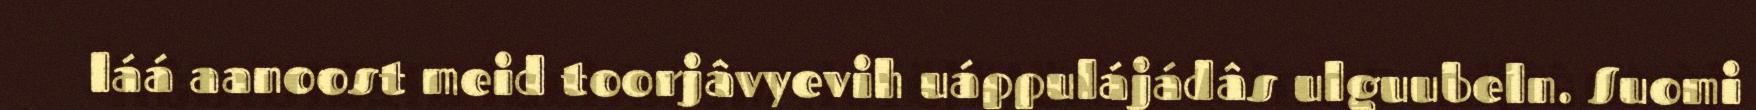
láá aanoost meid toorjâvyevih uáppulájádâs ulguubeln. Suomi